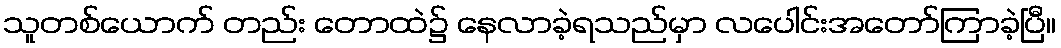
သူတစ်ယောက် တည်း တောထဲ၌ နေလာခဲ့ရသည်မှာ လပေါင်းအတော်ကြာခဲ့ပြီ။